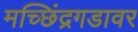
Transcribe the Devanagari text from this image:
मच्छिंद्रगडावर